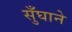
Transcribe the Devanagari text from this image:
सुँघाने